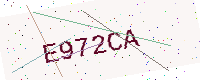
Text: E972CA